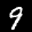
Label: 9